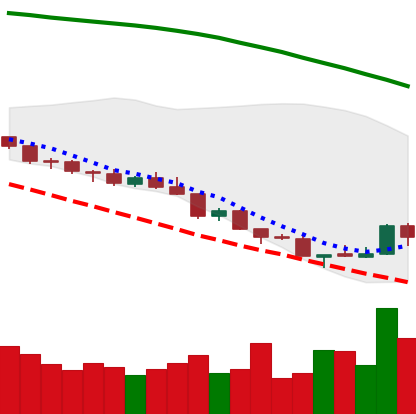
Ticker: NEO-USD
Chart end date: 2018-08-18
Forward return: -5.478%
Label: down_5_7